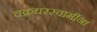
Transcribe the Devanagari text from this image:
चक्रधरस्वामींना